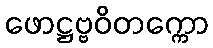
ဖောဋ္ဌဗ္ဗဝိတက္ကော